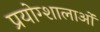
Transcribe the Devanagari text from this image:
प्रयोग्शालाओं